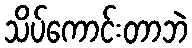
သိပ်ကောင်းတာဘဲ